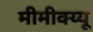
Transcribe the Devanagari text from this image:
मीमीक्य्यू